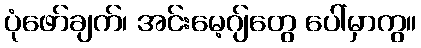
ပုံဖော်ချက်၊ အင်းမေ့ဂျ်တွေ ပေါ်မှာကွ။